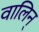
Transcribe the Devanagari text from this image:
वालिन्